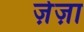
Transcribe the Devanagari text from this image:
ज़ेज़ा